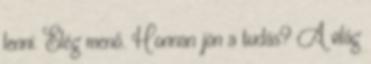
lenni. Elég menő. Honnan jön a tudás? A világ